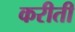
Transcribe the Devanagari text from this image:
करीती